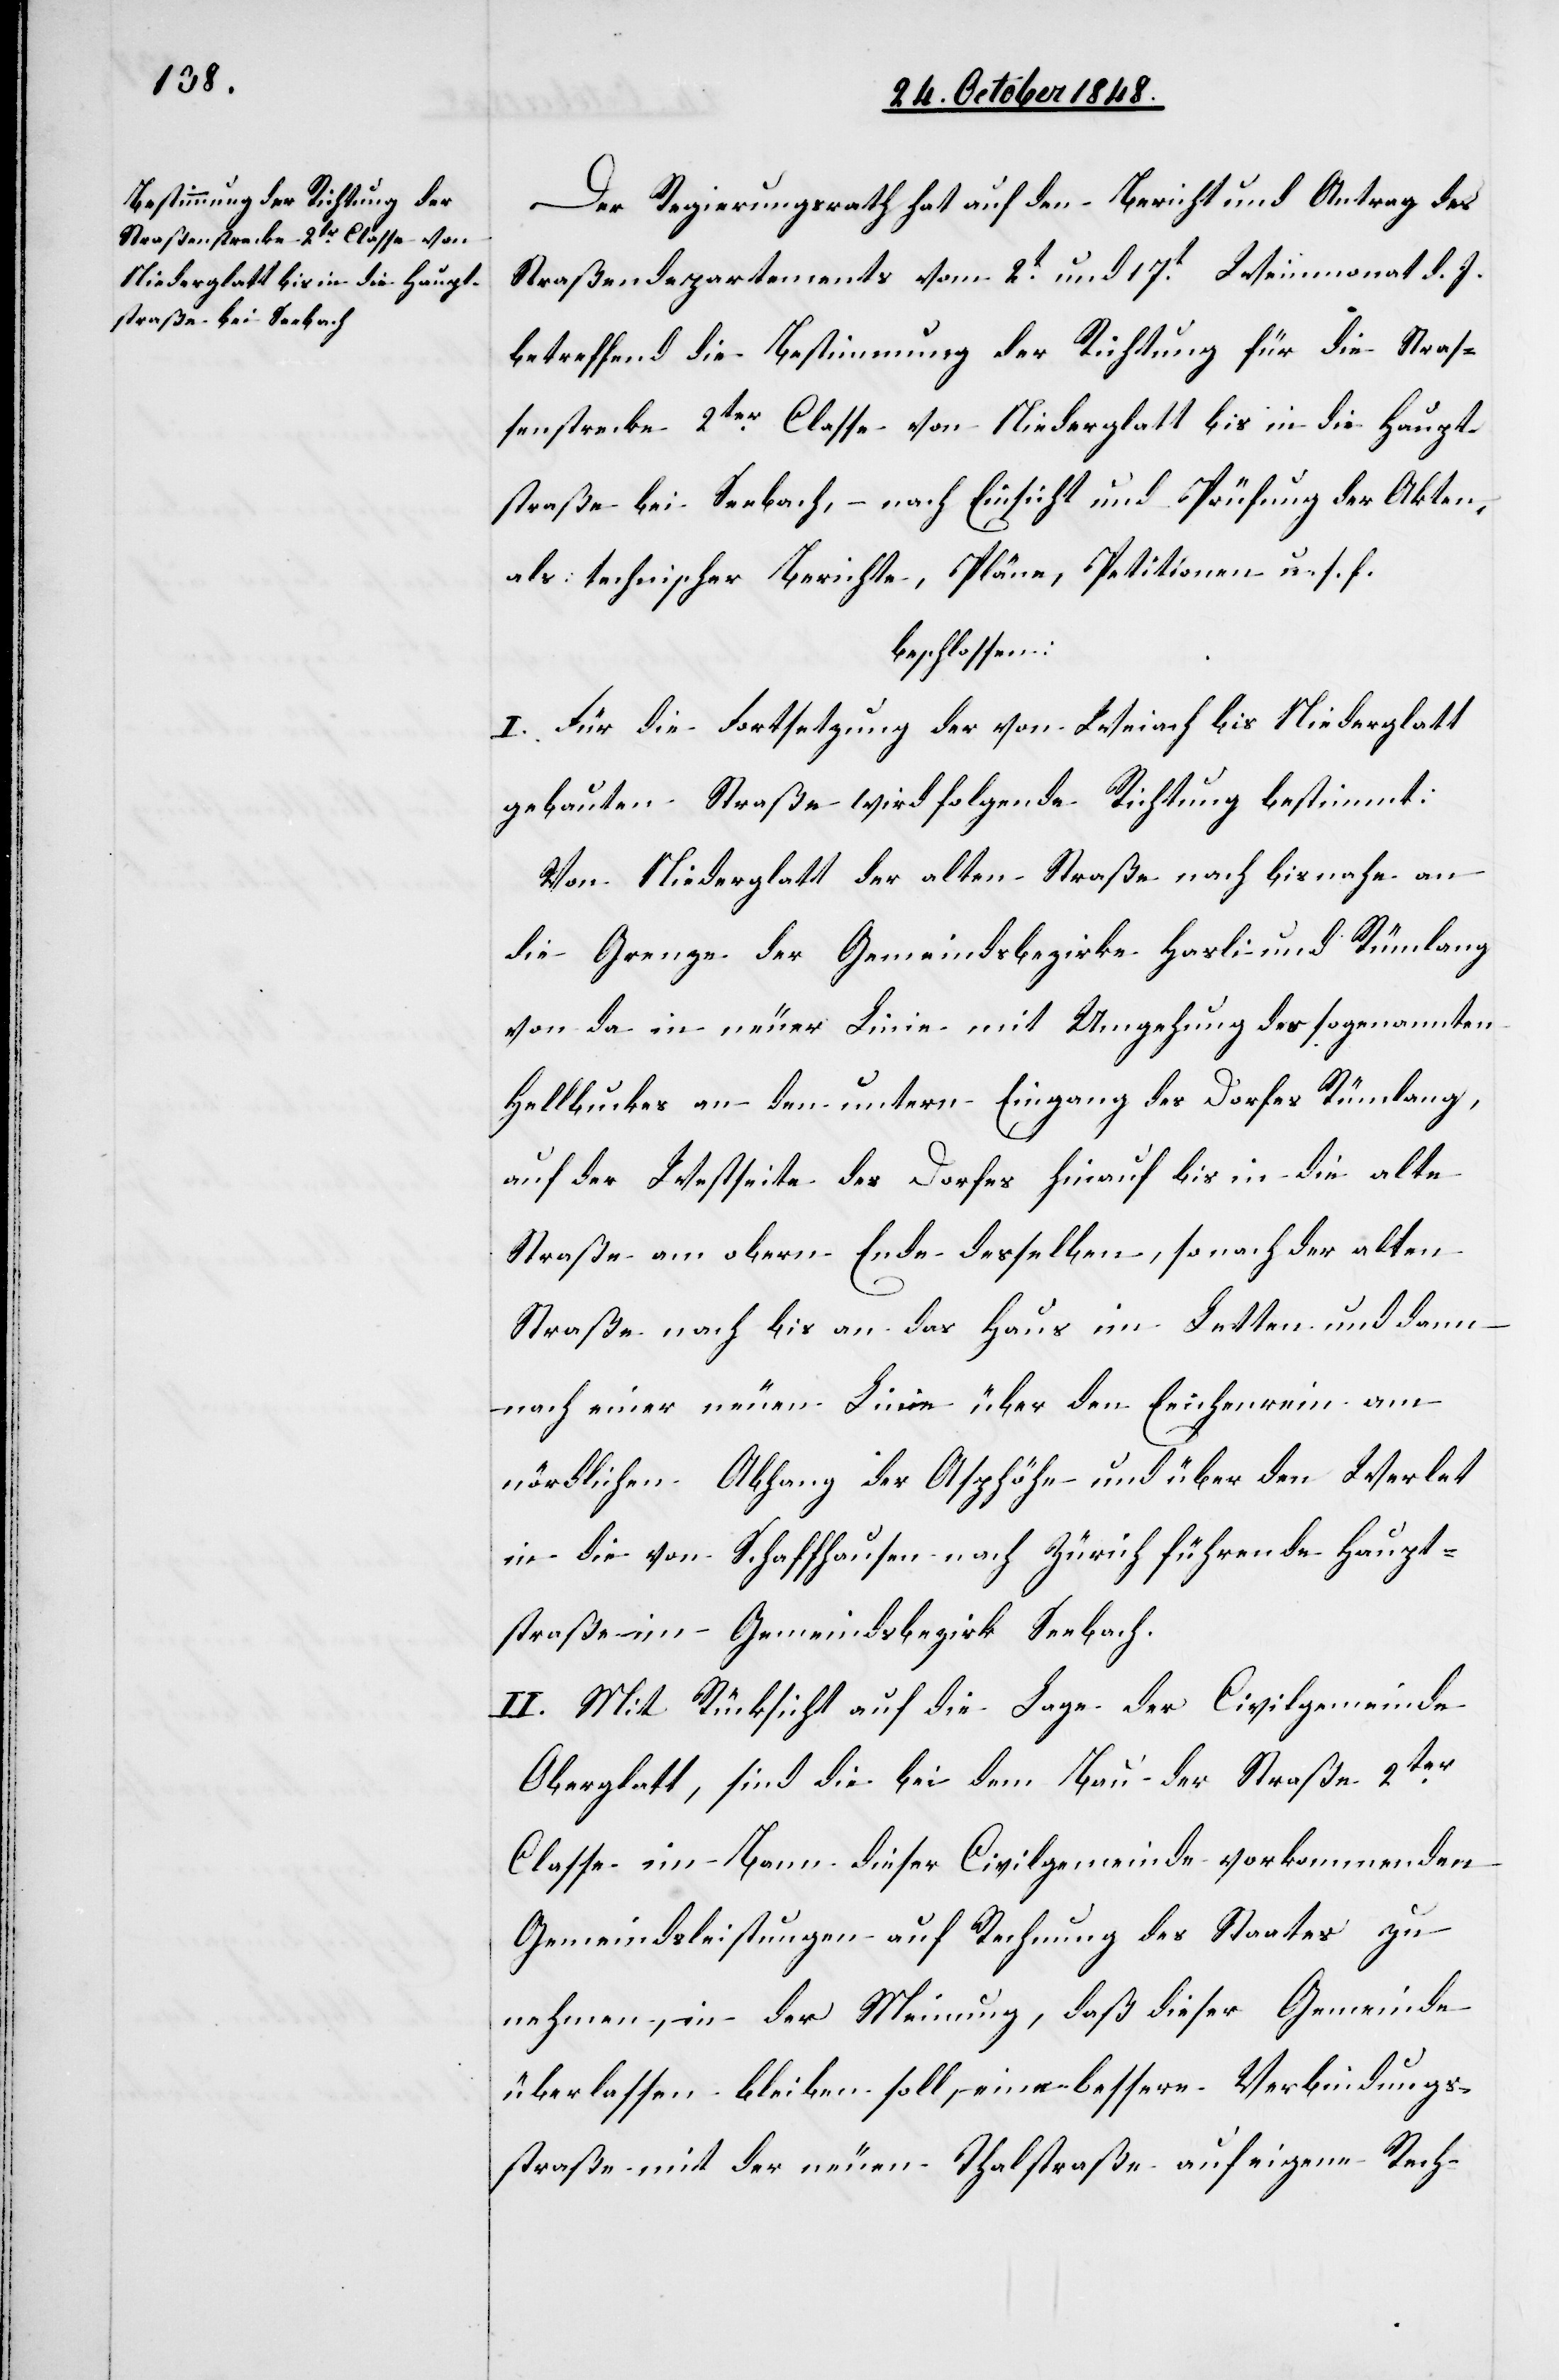
Der Regierungsrath hat auf den Bericht und Antrag des
Straßendepartements vom 2t und 17t Weinmonat d. J.
betreffend die Bestimmung der Richtung für die Straß¬
enstrecke 2ter Classe von Niederglatt bis in die Haupt¬
straße bei Seebach, – nach Einsicht und Prüfung der Akten,
als technischer Berichte, Pläne, Petitionen u. s. f.
beschlossen:
I. Für die Fortsetzung der von Weiach bis Niederglatt
gebauten Straße wird folgende Richtung bestimmt:
Von Niederglatt der alten Straße nach bis nahe an
die Grenze der Gemeindsbezirke Hasli und Rümlang
von da in neuer Linie mit Umgehung des sogenannten
Hellbuckes an den untern Eingang des Dorfes Rümlang,
auf der Westseite des Dorfes hinauf bis in die alte
Straße am obern Ende desselben, so nach der alten
Straße nach bis an das Haus im Letten und dann
nach einer neuen Linie über den Eichenrein am
nördlichen Abhang der Alzhöhe und über den Werlet
in die von Schaffhausen nach Zürich führende Haupt¬
straße im Gemeindsbezirk Seebach.
II. Mit Rücksicht auf die Lage der Civilgemeinde
Oberglatt, sind die bei dem Bau der Straße 2ter
Classe im Bann dieser Civilgemeinde vorkommenden
Gemeindsleistungen auf Rechnung des Staates zu
nehmen, in der Meinung, daß dieser Gemeinde
überlassen bleiben soll, eine bessere Verbindungs¬
straße mit der neuen Thalstraße auf eigene Rech-